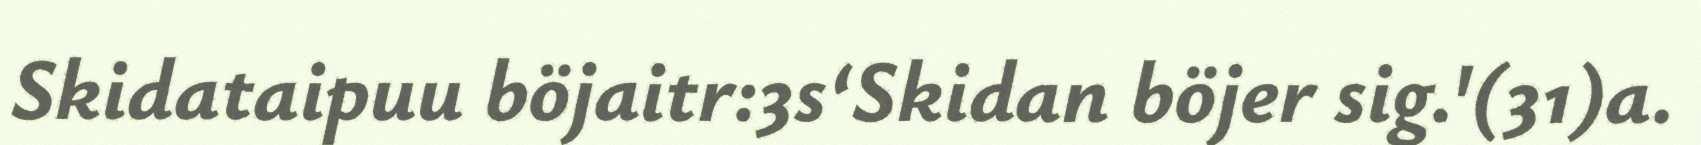
Skidataipuu böjaitr:3s‘Skidan böjer sig.'(31)a.